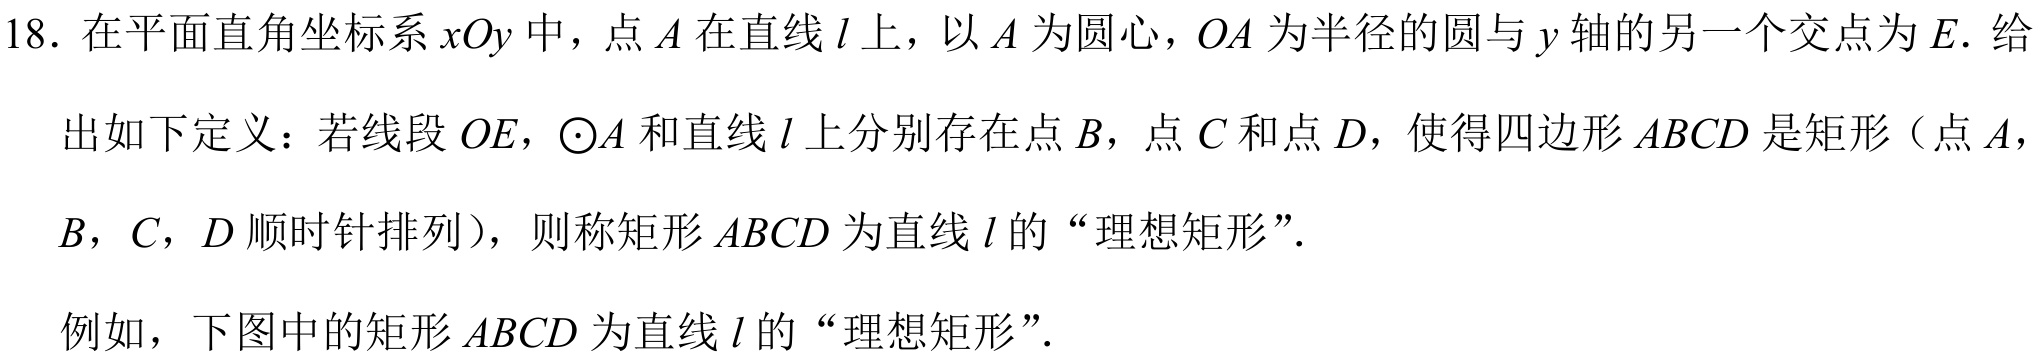
18. 在平面直角坐标系\(xOy\)中，点\(A\)在直线\(l\)上，以\(A\)为圆心，\(OA\)为半径的圆与\(y\)轴的另一个交点为\(E\). 给出如下定义：若线段\(OE\)，\(\odot A\)和直线\(l\)上分别存在点\(B\)，点\(C\)和点\(D\)，使得四边形\(ABCD\)是矩形（点\(A\)，\(B\)，\(C\)，\(D\)顺时针排列），则称矩形\(ABCD\)为直线\(l\)的“理想矩形”.
例如，下图中的矩形\(ABCD\)为直线\(l\)的“理想矩形”.